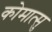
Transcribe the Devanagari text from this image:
कोमात्सु